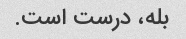
بله، درست است.